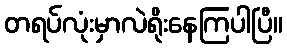
တရပ်လုံးမှာလဲရိုးနေကြပါပြီ။